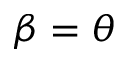
\beta = \theta